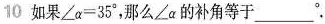
10如果$$∠ α = 3 5 °$$，那么∠ α的补角等于___.